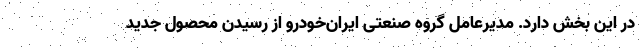
در این بخش دارد. مدیرعامل گروه صنعتی ایران‌خودرو از رسیدن محصول جدید